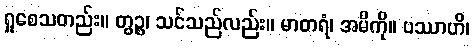
ရှုစေသတည်း။ တွဉ္စ၊ သင်သည်လည်း။ မာတရံ၊ အမိကို။ ပဿာဟိ၊